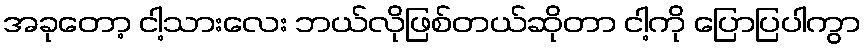
အခုတော့ ငါ့သားလေး ဘယ်လိုဖြစ်တယ်ဆိုတာ ငါ့ကို ပြောပြပါကွာ